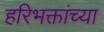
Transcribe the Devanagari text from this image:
हरिभक्तांच्या